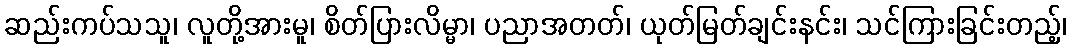
ဆည်းကပ်သသူ၊ လူတို့အားမူ၊ စိတ်ပြားလိမ္မာ၊ ပညာအတတ်၊ ယုတ်မြတ်ချင်းနင်း၊ သင်ကြားခြင်းတည့်၊